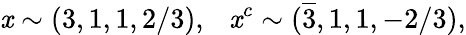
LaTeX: \mathit{x}\sim(3,1,1,2/3),~~~\mathit{x}^{c}\sim(\overline{{{3}}},1,1,-2/3),